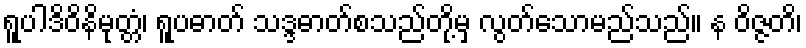
ရူပါဒိဝိနိမုတ္တံ၊ ရူပဓာတ် သဒ္ဒဓာတ်စသည်တို့မှ လွတ်သောမည်သည်။ န ဝိဇ္ဇတိ၊